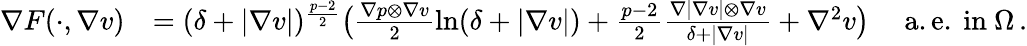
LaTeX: \begin{array}{rl}{\nabla F(\cdot,\nabla v)}&{=(\delta+\vert\nabla v\vert)^{\frac{p-2}{2}}\big(\frac{\nabla p\otimes\nabla v}{2}\ln(\delta+\vert\nabla v\vert)+\frac{p-2}{2}\frac{\nabla\vert\nabla v\vert\otimes\nabla v}{\delta+\vert\nabla v\vert}+\nabla^{2}v\big)\quad\mathrm{~a.e.\ in~}\Omega\, .}\end{array}